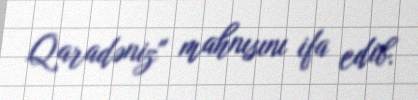
Qaradəniz" mahnısını ifa edib.